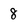
Character: 8